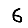
Digit: 6